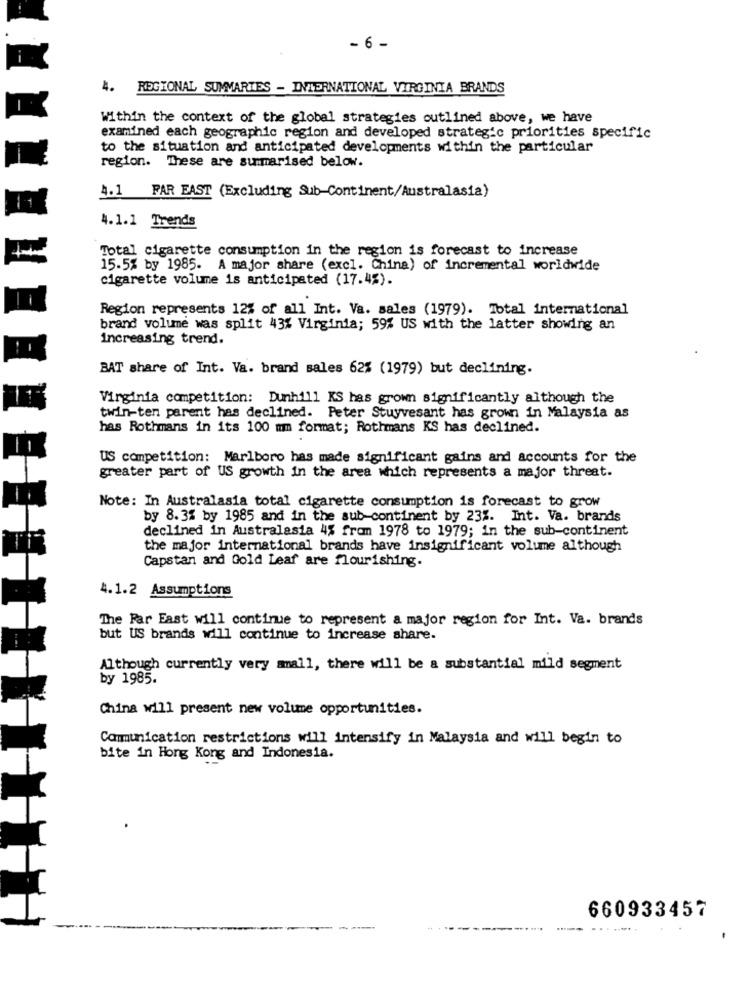
- 6 -
4. REGIONAL SUMMARIES - INTERNATIONAL VIRGINIA BRANDS
Within the context of the global strategies outlined above, we have
examined each geographic region and developed strategic priorities specific
to the situation and anticipated developments within the particular
region. These are sumarised below.
4.1 FAR EAST (Excluding Sub-Continent/Australasia)
4.1.1 Trends
Total cigarette consumption in the region is forecast to increase
15.5% by 1985. A major share (excl. China) of incremental worldwide
cigarette volume is anticipated (17.4%).
Region represents 12% of all Int. Va. sales (1979). Total international
brand volume was split 43% Virginia; 59% US with the latter showing an
Increasing trend.
BAT share of Int. Va. brand sales 62% (1979) but declining.
Virginia competition: Dunhill KS has grown significantly although the
twin-ten parent has declined. Peter Stuyvesant has grown in Malaysia as
has Rothmans in its 100 mm format; Rothmans KS has declined.
US competition: Marlboro has made significant gains and accounts for the
greater part of US growth in the area which represents a major threat.
Note: In Australasia total cigarette consumption is forecast to grow
by 8.3% by 1985 and in the sub-continent by 23%. Int. Va. brands
declined in Australasia 4% from 1978 to 1979; in the sub-continent
the major international brands have insignificant volume although
Capstan and Gold Leaf are flourishing.
4.1.2 Assumptions
The Far East will continue to represent a major region for Int. Va. brands
but US brands will continue to increase share.
Although currently very small, there will be a substantial mild segment
by 1985.
China will present new volume opportunities.
Communication restrictions will intensify in Malaysia and will begin to
bite in Hong Kong and Indonesia.
660933457
-. ........